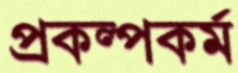
প্রকল্পকর্ম